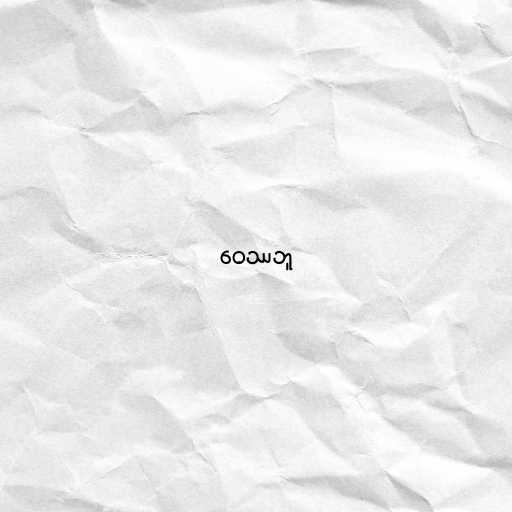
ဝေဿဘူ